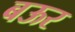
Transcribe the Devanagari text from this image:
बऊर